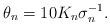
LaTeX: \begin{align*}\theta_n = 10K_n \sigma_n^{-1}.\end{align*}